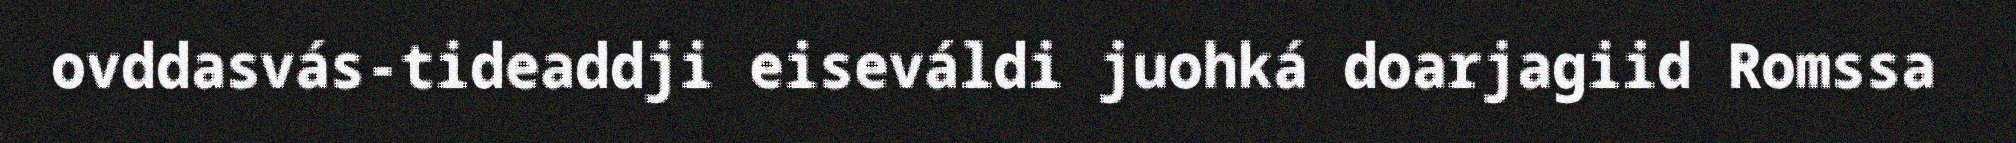
ovddasvás-tideaddji eiseváldi juohká doarjagiid Romssa